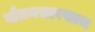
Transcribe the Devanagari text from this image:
गौतमसारखाच